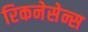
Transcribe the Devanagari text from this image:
रिकनेसेन्स